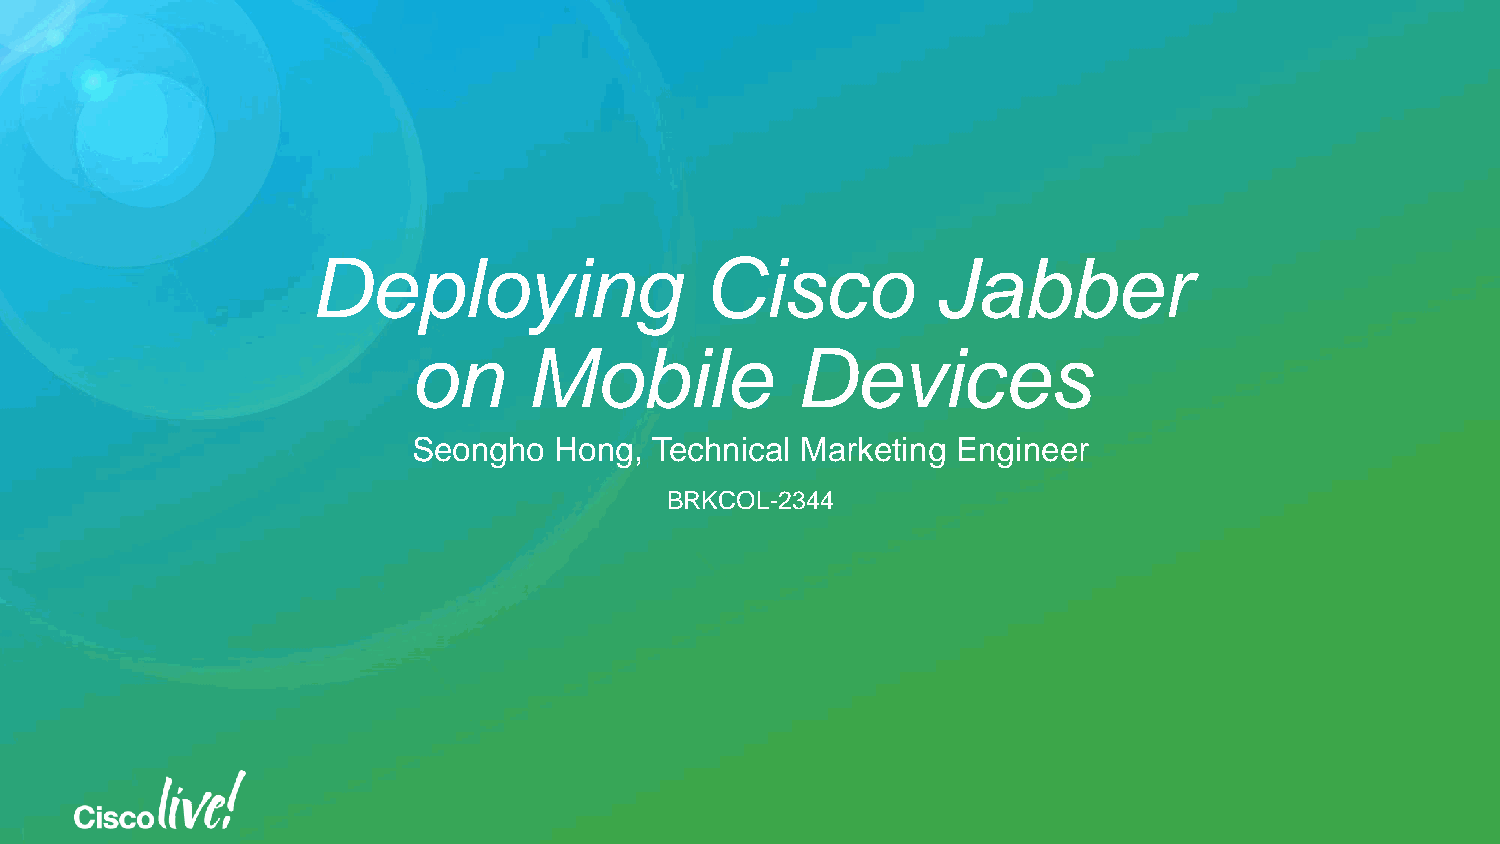
Deploying                 Cisco          Jabber
 on      Mobile            Devices
 Seongho   Hong, Technical Marketing Engineer
 BRKCOL-2344